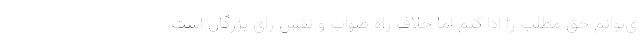
ی‌توانم حق مطلب را ادا کنم اما خلاف راه صواب و نقش رای بزرگان است